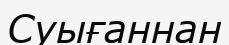
Суығаннан